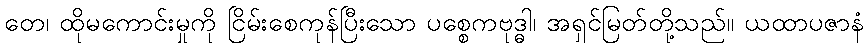
တေ၊ ထိုမကောင်းမှုကို ငြိမ်းစေကုန်ပြီးသော ပစ္စေကဗုဒ္ဓါ၊ အရှင်မြတ်တို့သည်။ ယထာပဇာနံ